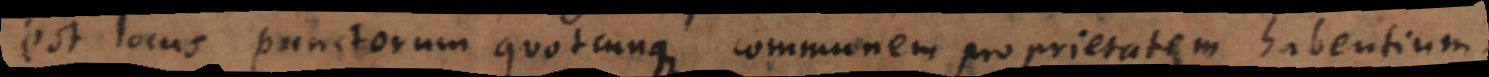
locus punctorum quotcunque communem proprietatem habentium.